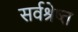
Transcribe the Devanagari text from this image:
सर्वश्रेष्त